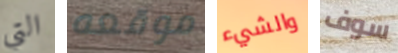
التي موقعه والشيء سوف